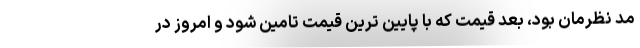
مد نظرمان بود، بعد قیمت که با پایین ترین قیمت تامین شود و امروز در